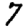
Digit: 7